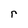
Character: r